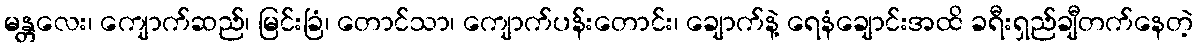
မန္တလေး၊ ကျောက်ဆည်၊ မြင်းခြံ၊ တောင်သာ၊ ကျောက်ပန်းတောင်း၊ ချောက်နဲ့ ရေနံချောင်းအထိ ခရီးရှည်ချီတက်နေတဲ့